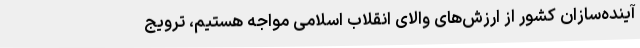
آینده‌سازان کشور از ارزش‌های والای انقلاب اسلامی مواجه هستیم، ترویج